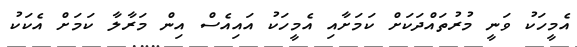
އެމީހަކު ވަނީ މުރުތައްދަކަށް ކަމަށާއި އެމީހަކު އައިއެސް އިން މަރާލާ ކަމަށް އެކަކު